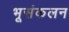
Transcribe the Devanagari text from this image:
भूसंकलन